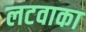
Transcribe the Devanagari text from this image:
लटवाका